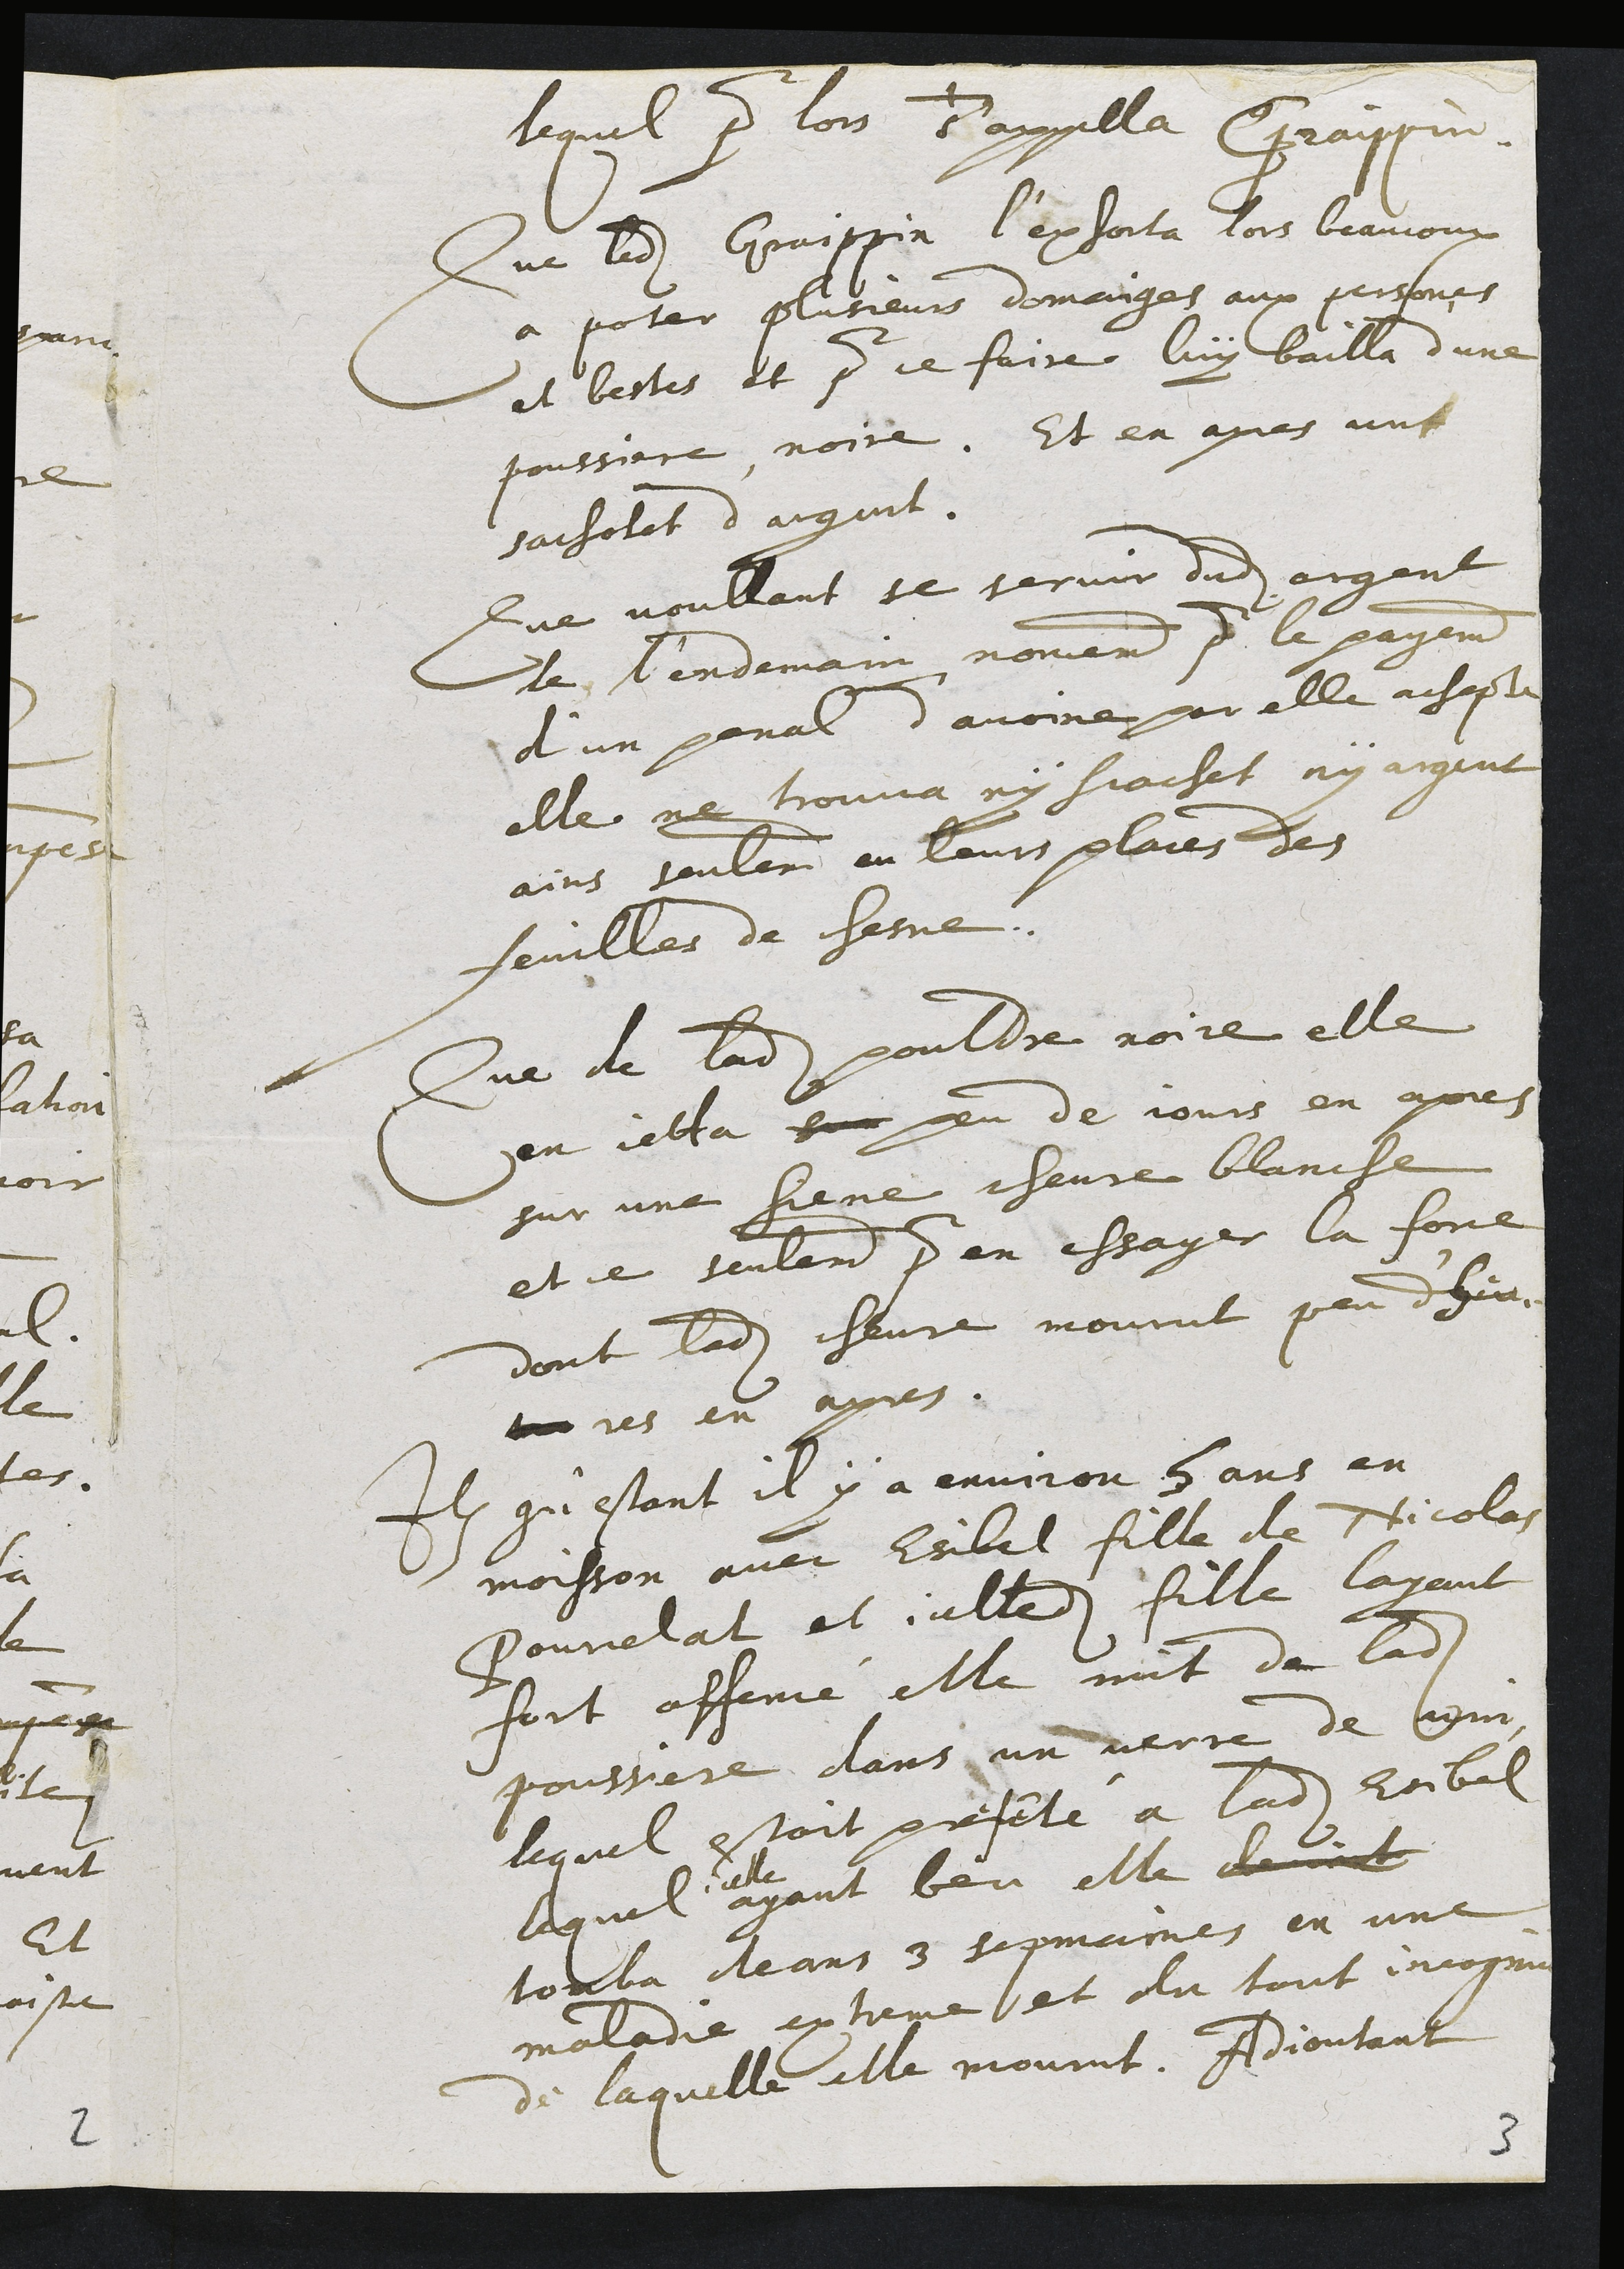
lequel paur lors d'appella Graippin.
Que ledit Graispin l'exhorta jors beaucoup
a poter plusieurs domanges aux persones
et bestes et pour ce faire luy bailla d'une
poussiere noire. Et en apres vnt
sacholet d'argut
Que voullant se servir dudit argent
de lendemain nomement pour le payement
d'un penal d'avoine par elle achaple
elle ne trouva ny scachet ny argent
ains seulement eu leurs plaies des
feuilles de chesne.
Que de ladite pouldre roire elle
en jetta sur peu de jours en apres
sur une hiene chevre blancle
et ce seulement pur en essager la force
dont ladite chevre mourut peu d'hica.
ares en apres.
item qu’estant il y a environ 8 ans en
moisson avec Esibel fille de Nicolas
Pourelat et icelledite fille layant
fort affencé elle mit de ladite
poussere dans un verre de legui
lequel estoit preseté a ladite Esibel
laquel
celle
ayant beu elle devint
touba deans 3 sepmaines en une
maladie extreme et du tout incopnu
de laquelle elle mourut. Adjoutant